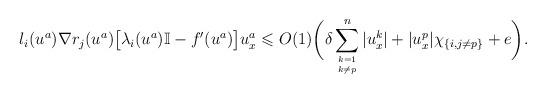
LaTeX: \begin{align*}l_i(u^a) \nabla r_j(u^a) \big[\lambda_i(u^a)\mathbb{I} - f'(u^a)\big] u^a_x\leqslant O(1)\bigg(\delta \sum_{k=1 \atop k \neq p}^n |u^k_x|+|u^p_x| \chi_{\{i,j \neq p\}}+ e \bigg).\end{align*}